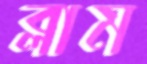
ব্লাম